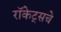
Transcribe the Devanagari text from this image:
रॉकेट्‌सचे